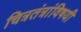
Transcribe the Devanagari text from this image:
चित्रतंत्रांविषयी